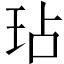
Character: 玷